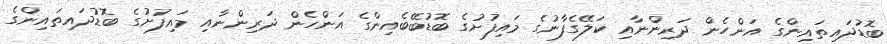
ބޮޑުދައިތައިންގެ އަންހެން ދަރިންނާއި ކަލޭގެފާނުގެ މައިފުށުގެ ބޮޑުބޭބެއިންގެ އަންހެން ދަރިންނާއި މައިފުށުގެ ބޮޑުދައިތައިންގެ